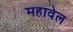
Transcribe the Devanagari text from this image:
महावेल